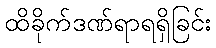
ထိခိုက်ဒဏ်ရာရရှိခြင်း